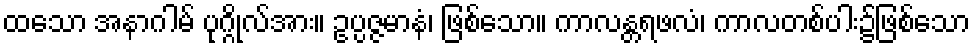
ထသော အနာဂါမ် ပုဂ္ဂိုလ်အား။ ဥပ္ပဇ္ဇမာနံ၊ ဖြစ်သော။ ကာလန္တရဖလံ၊ ကာလတစ်ပါး၌ဖြစ်သော